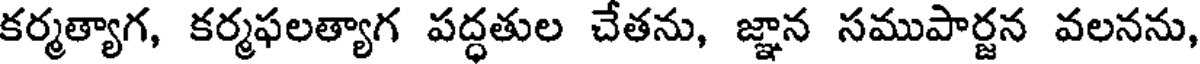
కర్మత్యాగ, కర్మఫలత్యాగ పద్ధతుల చేతను, జ్ఞాన సముపార్జన వలనను,